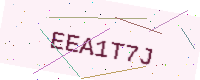
Text: EEA1T7J